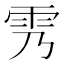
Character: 𲉰